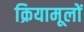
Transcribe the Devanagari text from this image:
क्रियामूलों